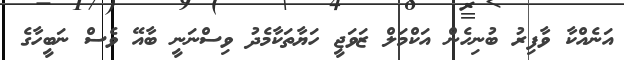
އަނެއްކާ ވާފިރު ބުނިހެން އަކްމަލް ޒަވަޖީ ހަޔާތަކާމެދު ވިސްނަނީ ބާއޭ ވެސް ނަބީހާގެ